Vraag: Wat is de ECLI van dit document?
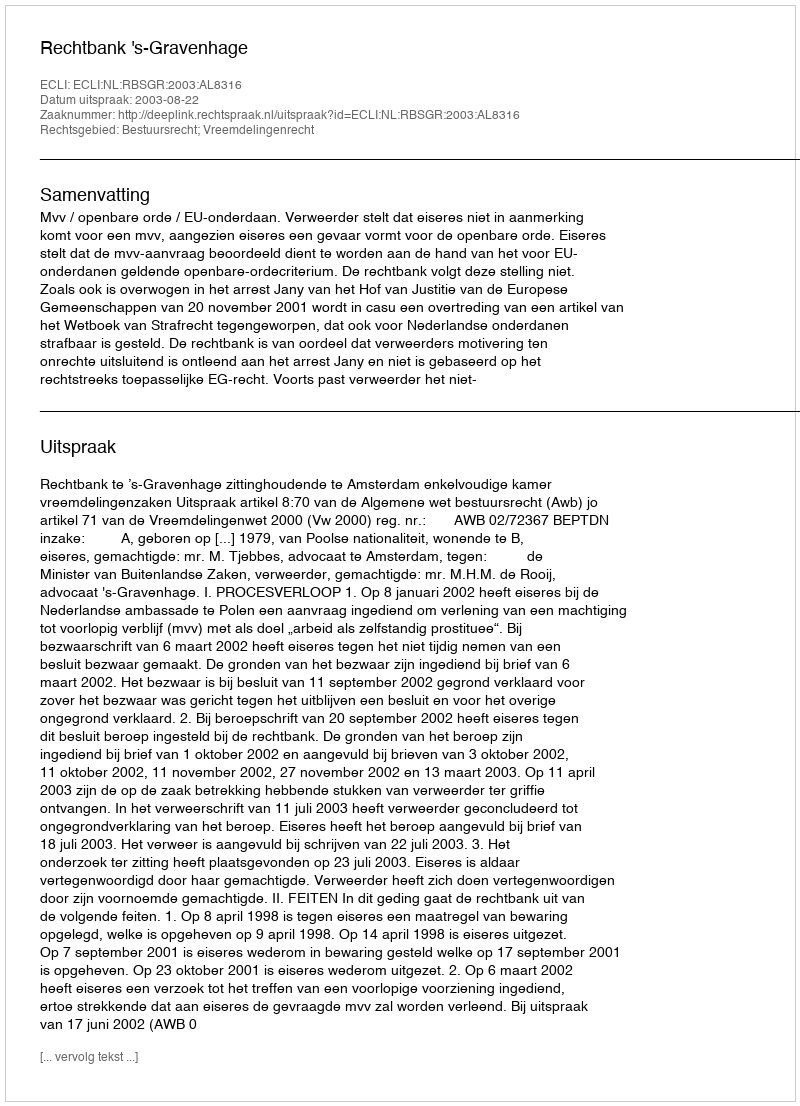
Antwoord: ECLI:NL:RBSGR:2003:AL8316